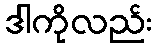
ဒါကိုလည်း